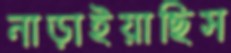
নাড়াইয়াছিস